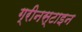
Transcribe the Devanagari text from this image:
ग्रीनस्टाइन